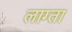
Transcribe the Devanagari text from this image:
लाग्ता